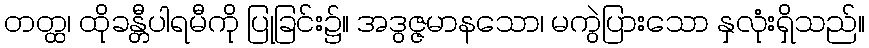
တတ္ထ၊ ထိုခန္တီပါရမီကို ပြုခြင်း၌။ အဒွဇ္ဇမာနသော၊ မကွဲပြားသော နှလုံးရှိသည်။